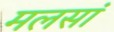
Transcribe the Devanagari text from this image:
मलसां